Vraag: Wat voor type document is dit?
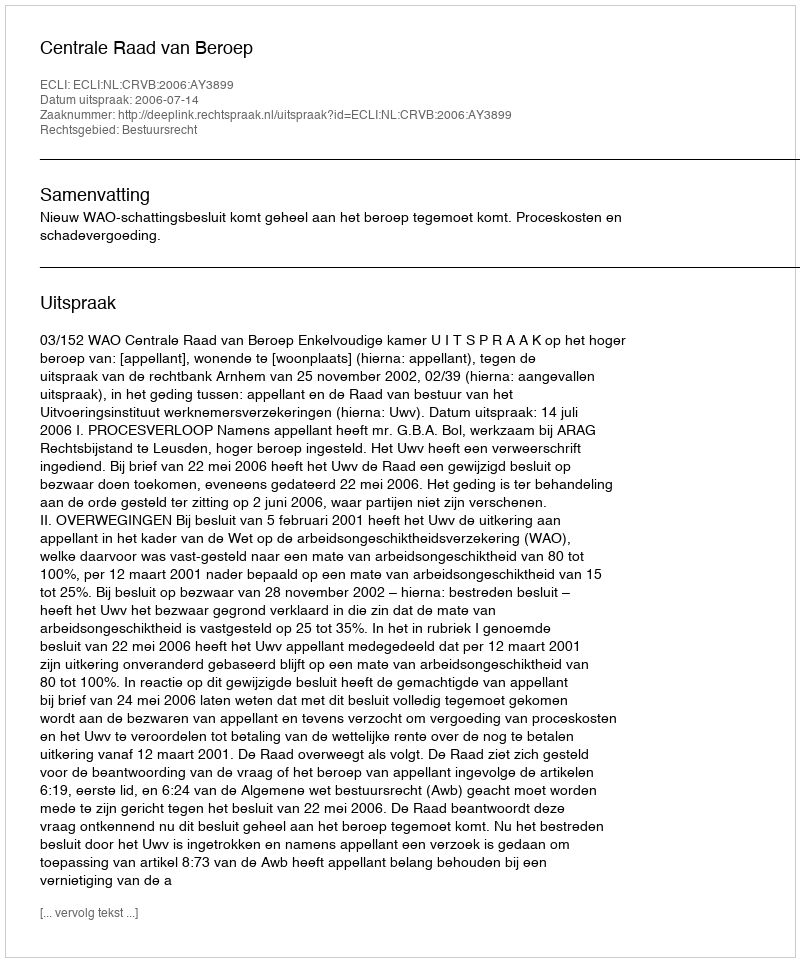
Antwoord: Uitspraak